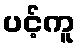
ပင့်ကူ